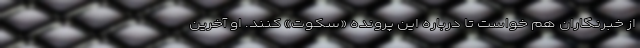
از خبرنگاران هم خواست تا درباره این پرونده «سکوت» کنند. او آخرین‌